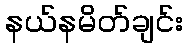
နယ်နမိတ်ချင်း